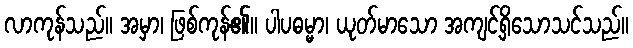
လာကုန်သည်။ အမှာ၊ ဖြစ်ကုန်၏။ ပါပဓမ္မာ၊ ယုတ်မာသော အကျင့်ရှိသောသင်သည်။